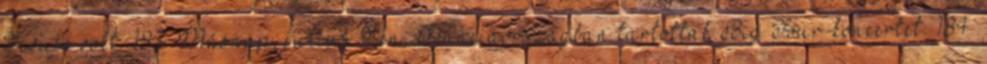
House volt. 183 Másnap, július 9-én, Franciaországban tartottak Big Four-koncertet. 184